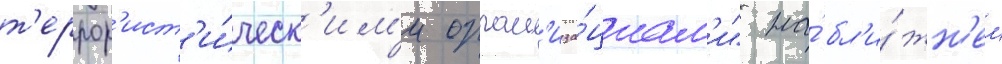
т'еррор'ист'и́ческ'им'и орган'иза́циам'и" на́ бл'и́жн'ем